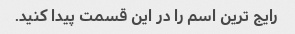
رایج ترین اسم را در این قسمت پیدا کنید.